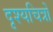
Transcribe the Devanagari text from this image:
दृश्यचित्रों